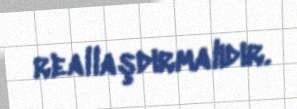
reallaşdırmalıdır.